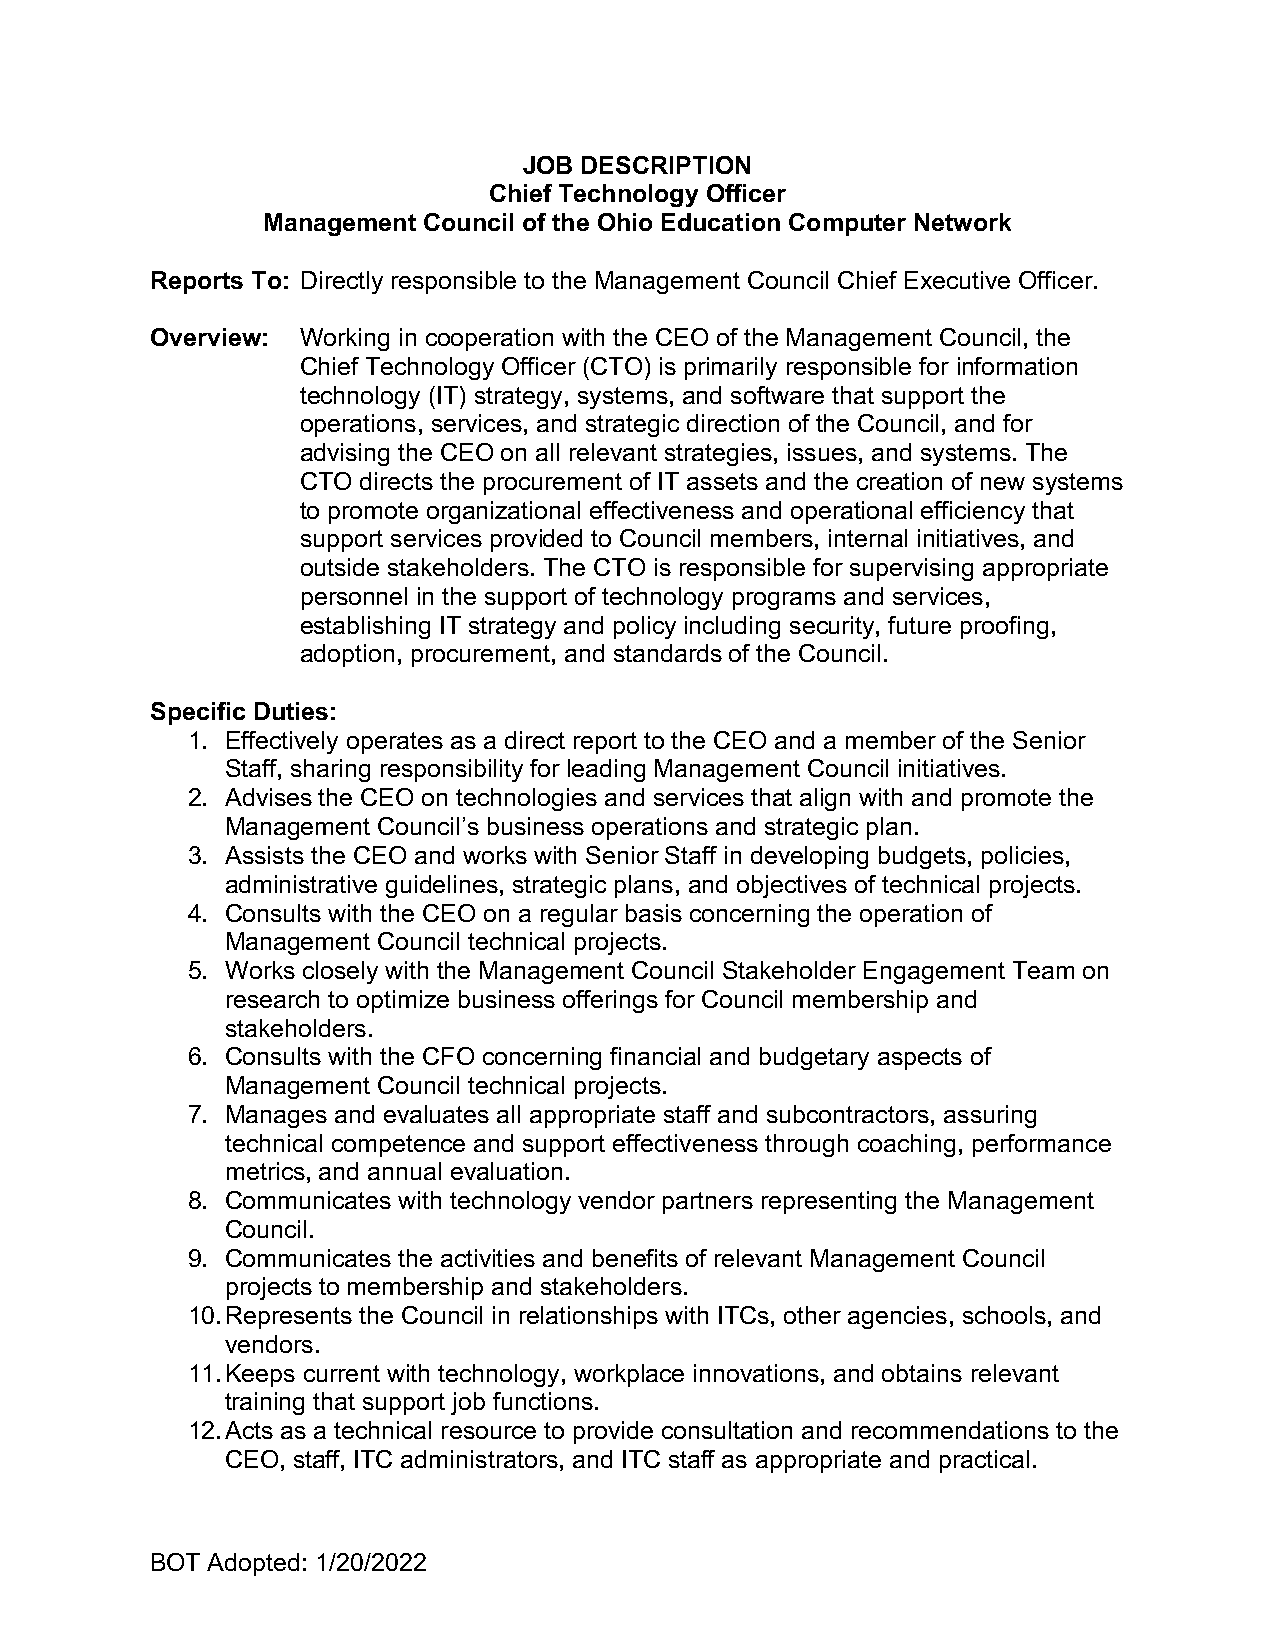
JOB DESCRIPTION
 Chief Technology Officer
 Management Council of the Ohio Education Computer Network
 Reports To: Directly responsible to the Management Council Chief Executive Officer.
 Overview: Working in cooperation with the CEO of the Management Council, the
 Chief Technology Officer (CTO) is primarily responsible for information
 technology (IT) strategy, systems, and software that support the
 operations, services, and strategic direction of the Council, and for
 advising the CEO on all relevant strategies, issues, and systems. The
 CTO directs the procurement of IT assets and the creation of new systems
 to promote organizational effectiveness and operational efficiency that
 support services provided to Council members, internal initiatives, and
 outside stakeholders. The CTO is responsible for supervising appropriate
 personnel in the support of technology programs and services,
 establishing IT strategy and policy including security, future proofing,
 adoption, procurement, and standards of the Council.
 Specific Duties:
 1. Effectively operates as a direct report to the CEO and a member of the Senior
 Staff, sharing responsibility for leading Management Council initiatives.
 2. Advises the CEO on technologies and services that align with and promote the
 Management Council’s business operations and strategic plan.
 3. Assists the CEO and works with Senior Staff in developing budgets, policies,
 administrative guidelines, strategic plans, and objectives of technical projects.
 4. Consults with the CEO on a regular basis concerning the operation of
 Management Council technical projects.
 5. Works closely with the Management Council Stakeholder Engagement Team on
 research to optimize business offerings for Council membership and
 stakeholders.
 6. Consults with the CFO concerning financial and budgetary aspects of
 Management Council technical projects.
 7. Manages and evaluates all appropriate staff and subcontractors, assuring
 technical competence and support effectiveness through coaching, performance
 metrics, and annual evaluation.
 8. Communicates with technology vendor partners representing the Management
 Council.
 9. Communicates the activities and benefits of relevant Management Council
 projects to membership and stakeholders.
 10. Represents the Council in relationships with ITCs, other agencies, schools, and
 vendors.
 11. Keeps current with technology, workplace innovations, and obtains relevant
 training that support job functions.
 12. Acts as a technical resource to provide consultation and recommendations to the
 CEO, staff, ITC administrators, and ITC staff as appropriate and practical.
 BOT Adopted: 1/20/2022